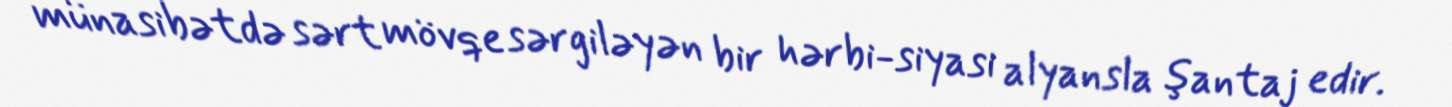
münasibətdə sərt mövqe sərgiləyən bir hərbi-siyasi alyansla şantaj edir.